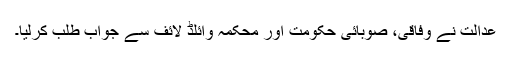
عدالت نے وفاقی، صوبائی حکومت اور محکمہ وائلڈ لائف سے جواب طلب کرلیا۔